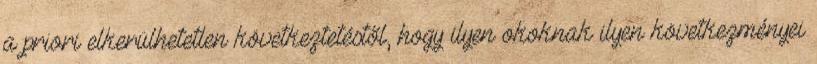
a priori elkerülhetetlen következtetéstől, hogy ilyen okoknak ilyen következményei